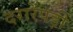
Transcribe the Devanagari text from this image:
दरारेंपड़ीं